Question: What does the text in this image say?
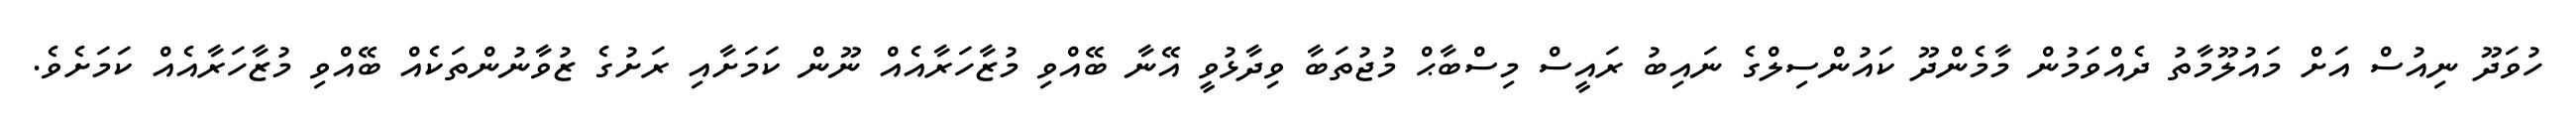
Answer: ހުވަދޫ ނިއުސް އަށް މައުލޫމާތު ދެއްވަމުން މާމެންދޫ ކައުންސިލްގެ ނައިބު ރައީސް މިސްބާޙް މުޖުތަބާ ވިދާޅުވީ އޭނާ ބޭއްވި މުޒާހަރާއެއް ނޫން ކަމަށާއި ރަށުގެ ޒުވާނުންތަކެއް ބޭއްވި މުޒާހަރާއެއް ކަމަށެވެ.